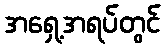
အရှေ့အရပ်တွင်